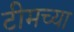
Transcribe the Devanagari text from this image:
टीमच्या